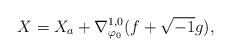
LaTeX: \begin{align*}X = X_{a} + \nabla_{\varphi_0}^{1,0} ( f + \sqrt{-1}g),\end{align*}